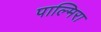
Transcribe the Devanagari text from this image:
पाल्मिरा